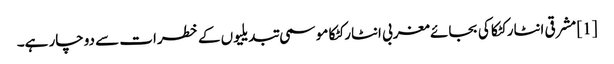
[1] مشرقی انٹارکٹکا کی بجائے مغربی انٹارکٹکا موسمی تبدیلیوں کے خطرات سے دوچار ہے۔